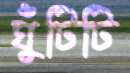
ঘুঁটিটি